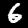
Digit: 6